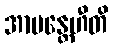
အာမန္တေဟီတိ